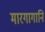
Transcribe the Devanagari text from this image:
मारगागानि